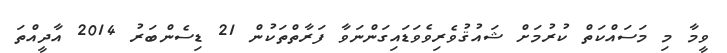
ވީމާ މި މަސައްކަތް ކުރުމަށް ޝައުޤުވެރިވެވަޑައިގަންނަވާ ފަރާތްތަކުން 21 ޑިސެންބަރު 2014 އާދީއްތަ